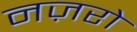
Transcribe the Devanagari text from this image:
नज़रो